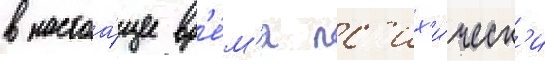
в настоа́щее вр'е́м'я пс'их'и́ческ'и